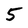
Character: 5